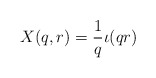
\begin{align*}X(q,r) = \frac 1q \iota(qr) \end{align*}